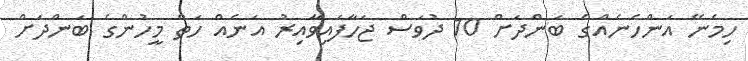
ހިމެނޭ އަންހެނެއްގެ ބަންދަށް 10 ދުވަސް ޖަހާފައިވާއިރު އަނެއް ހަތް މީހުންގެ ބަންދަށް